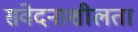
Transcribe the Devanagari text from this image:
संवेदनाशीलता